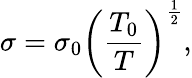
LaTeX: \sigma=\sigma_{0}\left({\frac{T_{0}}{T}}\right)^{\frac{1}{2}},